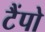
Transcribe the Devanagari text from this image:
टैंपो